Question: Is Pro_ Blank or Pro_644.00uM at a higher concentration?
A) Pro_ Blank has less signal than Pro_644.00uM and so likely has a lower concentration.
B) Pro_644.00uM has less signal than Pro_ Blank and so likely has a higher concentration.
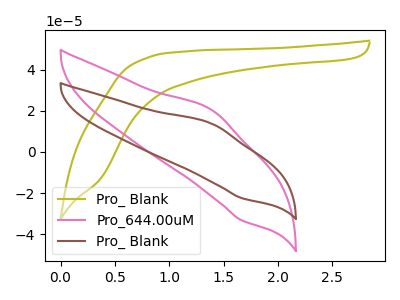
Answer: <think>The olive curve "Pro_ Blank" has no peaks. The pink curve "Pro_644.00uM" has an anodic peak at (1.40V, 20.50uA) and a cathodic peak at (1.65V, -33.30uA). The brown curve "Pro_ Blank" has an anodic peak at (1.40V, 13.85uA) and a cathodic peak at (1.65V, -22.45uA).
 All the peaks in "Pro_ Blank" have a peak in "Pro_644.00uM" at the same potential. Every peak in "Pro_ Blank" is lower than every peak in "Pro_644.00uM".</think>
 <answer>A) "Pro_ Blank" has less signal than "Pro_644.00uM" and so likely has a lower concentration.</answer>
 <eval>A</eval>